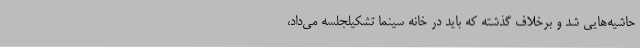
حاشیه‌هایی شد و برخلاف گذشته که باید در خانه سینما تشکیلجلسه می‌داد،